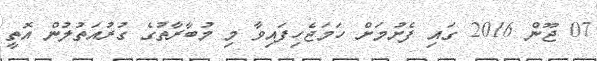
07 ޖޫން 2016 ގައި ފެށުމަށް ހަމަޖެހިފައިވާ މި މުބާރާތުގެ ގުރުއަތުލުން އޮތީ